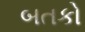
બતકો